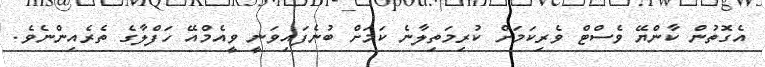
އެގޮތުން ކާންޔޭ ވެސްޓް ވެރިކަމަށް ކުރިމަތިލާނެ ކަމަށް ބުނެފައިވަނީ ވީއެމްއޭ ހަފްލާގެ ތެރެއިންނެވެ.